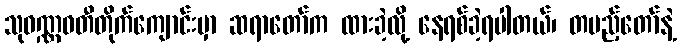
သုဝဏ္ဏဝတီတိုက်ကျောင်းမှာ ဆရာတော်က ထားခဲ့လို့ နေရစ်ခဲ့ရပါတယ်၊ တပည့်တော်နဲ့